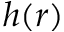
h ( r )